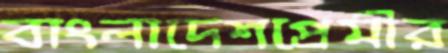
বাংলাদেশপ্রেমীর